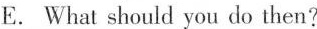
E. What should you do then?